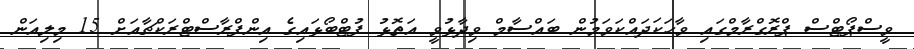
ވީސްޕޯޓްސް ޕްރޮގްރާމްގައި ވާހަކަދައްކަވަމުން ބައްސާމް ވިދާޅުވީ އަތޮޅު ފުޓްބޯޅައިގެ އިންފްރާސްޓްރަކްޗާއަށް 15 މިލިއަން